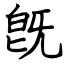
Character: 旣